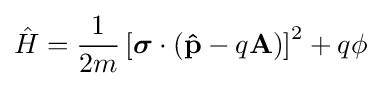
{\hat {H}}={\frac {1}{2m}}\left[{\boldsymbol {\sigma }}\cdot (\mathbf {\hat {p}} -q\mathbf {A} )\right]^{2}+q\phi